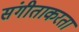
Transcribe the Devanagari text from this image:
संगीताकरता